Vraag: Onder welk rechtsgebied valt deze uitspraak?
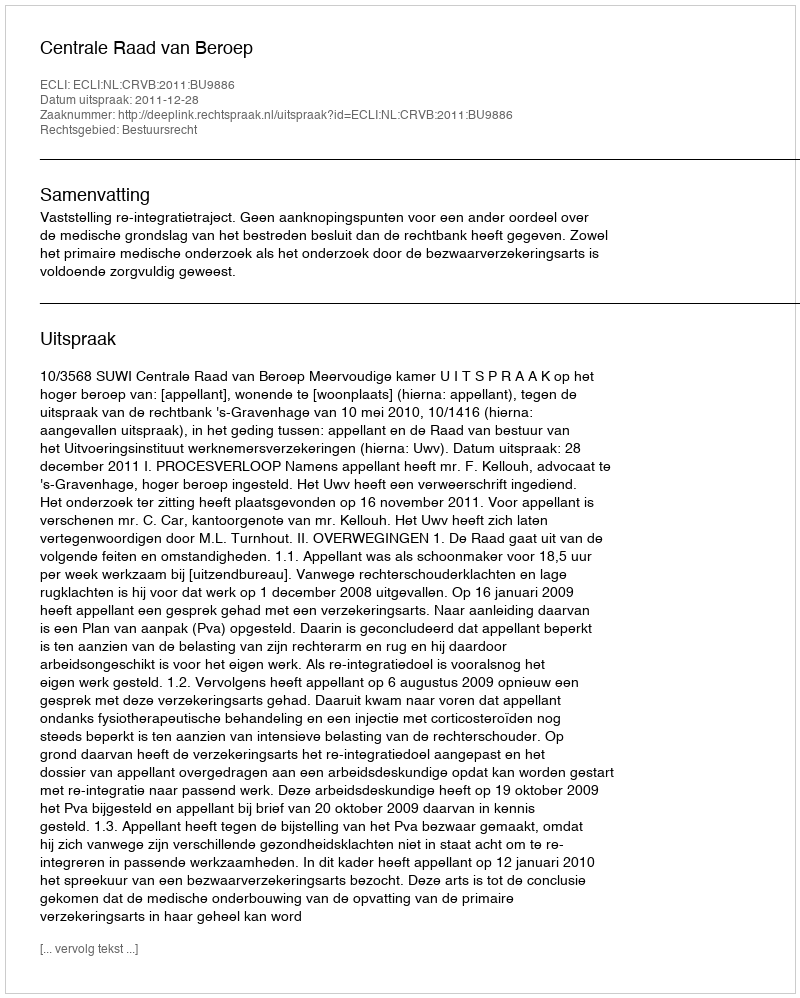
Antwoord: Bestuursrecht